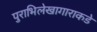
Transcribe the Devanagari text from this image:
पुराभिलेखागाराकडे